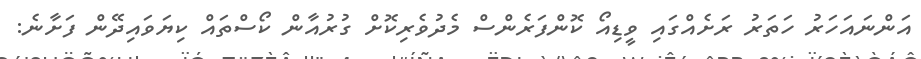
އަންނައަހަރު ހަތަރު ރަށެއްގައި ވީޑިއޯ ކޮންފަރެންސް މެދުވެރިކޮށް ގުރުއާން ކޯސްތައް ކިޔަވައިދޭން ފަށާނެ: